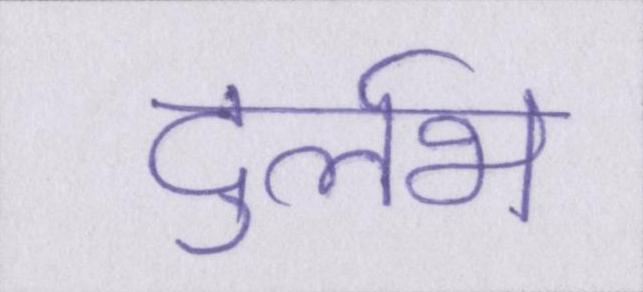
दुर्लभ